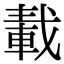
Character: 𨌏